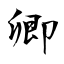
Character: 卿